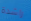
راشدة